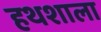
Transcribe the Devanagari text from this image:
हथशाला